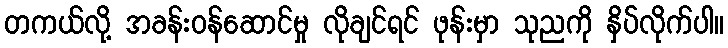
တကယ်လို့ အခန်းဝန်ဆောင်မှု လိုချင်ရင် ဖုန်းမှာ သုညကို နှိပ်လိုက်ပါ။